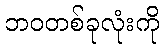
ဘဝတစ်ခုလုံးကို